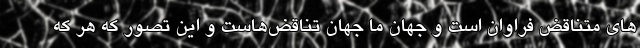
های متناقض فراوان است و جهان ما جهان تناقض‌هاست و این تصور که هر که